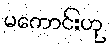
မကောင်းဟု